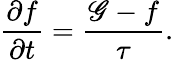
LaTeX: \frac{\partial f}{\partial t}=\frac{\mathscr{G}-f}{\tau}.